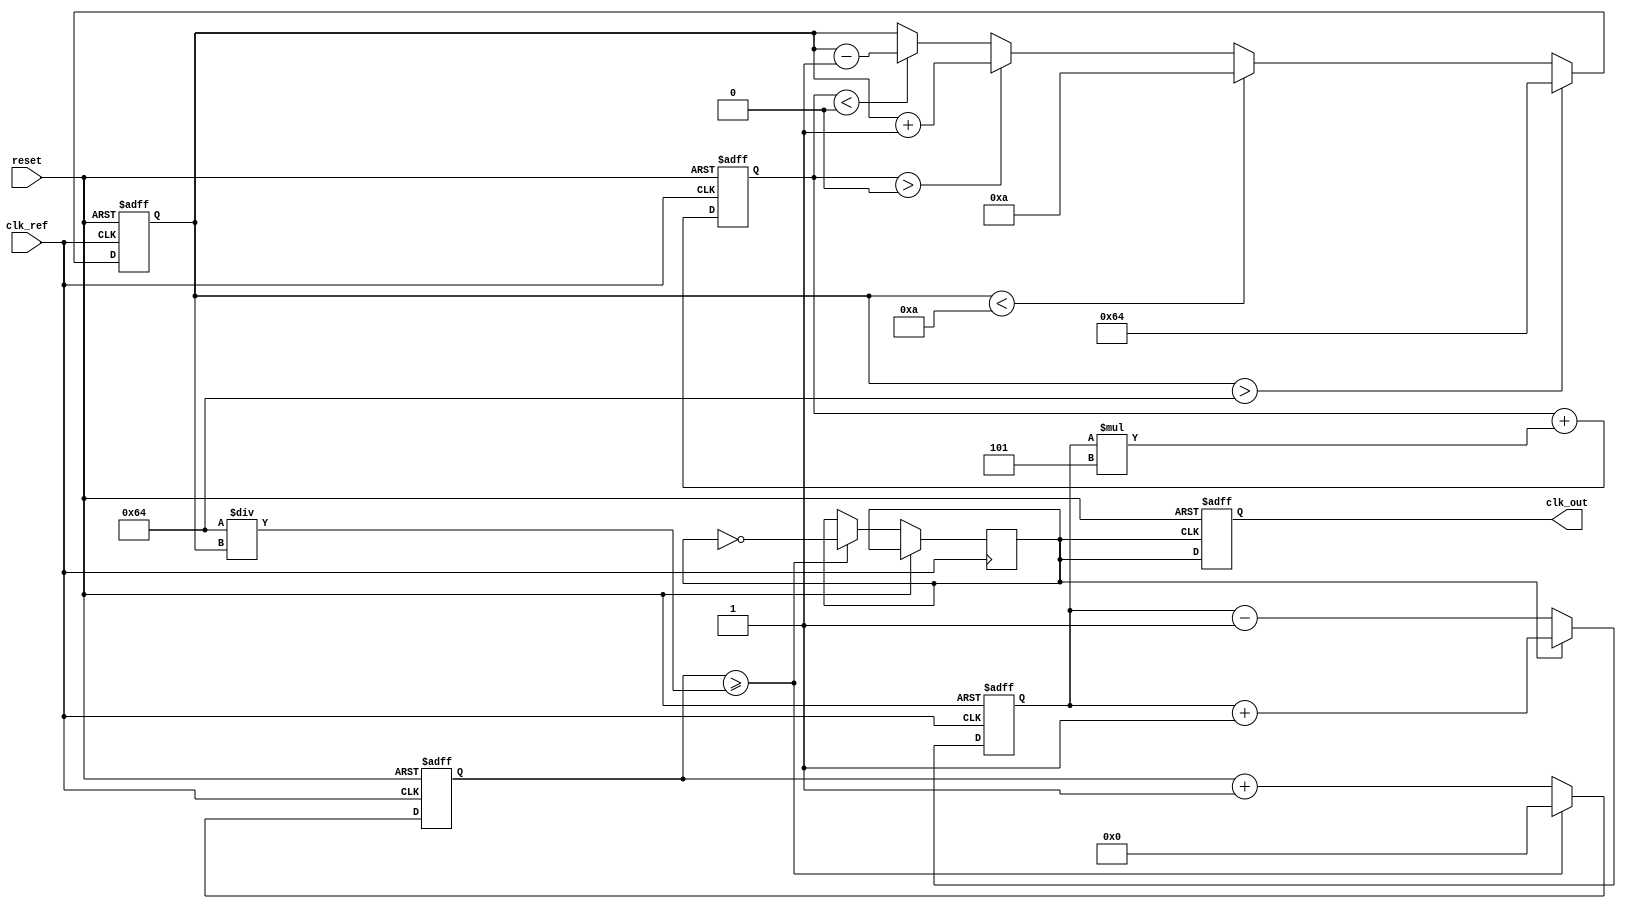
module pll (
    input wire clk_ref,          // Reference clock input
    input wire reset,            // Reset signal
    output reg clk_out           // Output clock
);

// Parameters for the PLL
parameter integer VCO_MAX_FREQ = 100; // Maximum frequency of VCO
parameter integer VCO_MIN_FREQ = 10;   // Minimum frequency of VCO
parameter integer LOOP_FILTER_GAIN = 5; // Gain for the loop filter

// Internal signals
reg [7:0] phase_error;            // Phase error signal
reg [7:0] loop_filter_output;      // Output of the loop filter
reg [7:0] vco_frequency;           // Current frequency of the VCO
reg [31:0] vco_counter;            // Counter for VCO output
reg clk_vco;                       // VCO output clock

// Phase Detector (PD)
always @(posedge clk_ref or posedge reset) begin
    if (reset) begin
        phase_error <= 0;
    end else begin
        // Simple phase detector logic (could be more complex)
        if (clk_vco) begin
            phase_error <= phase_error + 1; // Increment if VCO clock is high
        end else begin
            phase_error <= phase_error - 1; // Decrement if VCO clock is low
        end
    end
end

// Loop Filter (Second-order)
always @(posedge clk_ref or posedge reset) begin
    if (reset) begin
        loop_filter_output <= 0;
    end else begin
        loop_filter_output <= loop_filter_output + (phase_error * LOOP_FILTER_GAIN);
    end
end

// Voltage-Controlled Oscillator (VCO)
always @(posedge clk_ref or posedge reset) begin
    if (reset) begin
        vco_frequency <= VCO_MIN_FREQ; // Start at minimum frequency
        vco_counter <= 0;
    end else begin
        // Adjust VCO frequency based on loop filter output
        if (loop_filter_output > 0) begin
            vco_frequency <= vco_frequency + 1; // Increase frequency
        end else if (loop_filter_output < 0) begin
            vco_frequency <= vco_frequency - 1; // Decrease frequency
        end
        
        // Limit VCO frequency
        if (vco_frequency > VCO_MAX_FREQ) begin
            vco_frequency <= VCO_MAX_FREQ;
        end else if (vco_frequency < VCO_MIN_FREQ) begin
            vco_frequency <= VCO_MIN_FREQ;
        end
        
        // Generate VCO clock output based on frequency
        if (vco_counter >= (100 / vco_frequency)) begin
            clk_vco <= ~clk_vco; // Toggle VCO clock
            vco_counter <= 0;
        end else begin
            vco_counter <= vco_counter + 1;
        end
    end
end

// Output Clock Generation
always @(posedge clk_vco or posedge reset) begin
    if (reset) begin
        clk_out <= 0;
    end else begin
        clk_out <= clk_vco; // Output the VCO clock
    end
end

endmodule